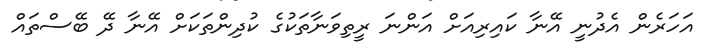
އަހަރެން އެދުނީ އޭނާ ކައިރިއަށް އަންނަ ރީތިވަނާތަކުގެ ކުދިންތަކަށް އޭނާ ދޭ ބޭސްތައް